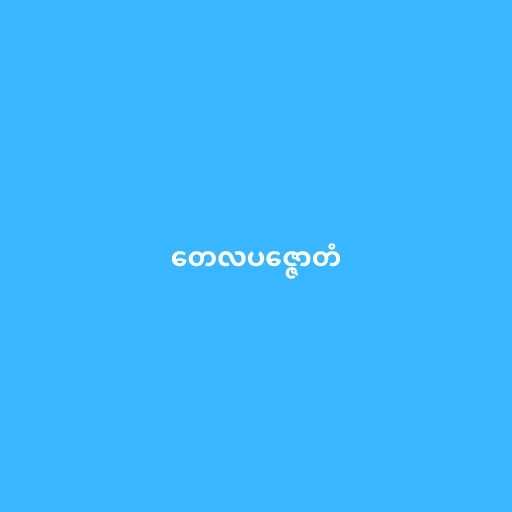
တေလပဇ္ဇောတံ